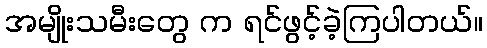
အမျိုးသမီးတွေ က ရင်ဖွင့်ခဲ့ကြပါတယ်။